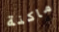
ماكنة